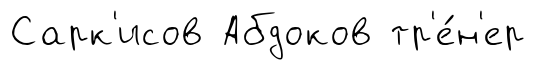
Сарк'исов Абдоков тр'е́н'ер